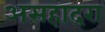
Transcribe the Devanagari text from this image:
असहादरा